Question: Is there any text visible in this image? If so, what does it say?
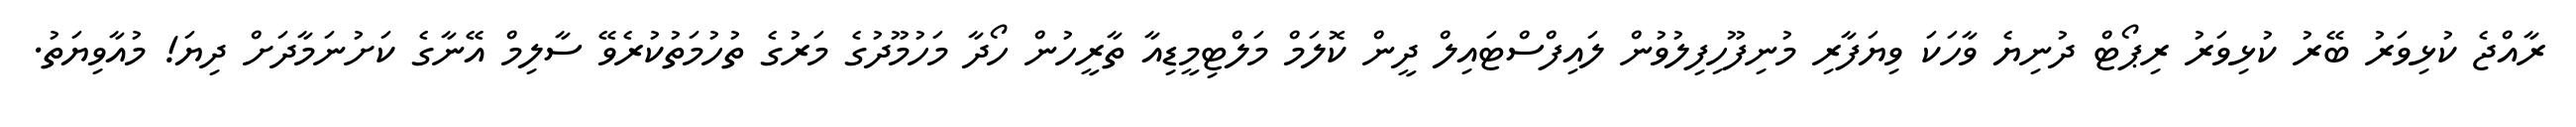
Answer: ރާއްޖެ ކުޅިވަރު ބޭރު ކުޅިވަރު ރިޕޯޓް ދުނިޔެ ވާހަކަ ވިޔަފާރި މުނިފޫހިފިލުވުން ލައިފްސްޓައިލް ދީން ކޮލަމް މަލްޓިމީޑިއާ ތާރީހުން ހޯދާ މަހުމޫދުގެ މަރުގެ ތުހުމަތުކުރެވޭ ސާލިމް އޭނާގެ ކަށުނަމާދަށް ދިޔަ! މުއާވިޔަތު.